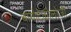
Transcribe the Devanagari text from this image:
बायोटेक्नोलोजी